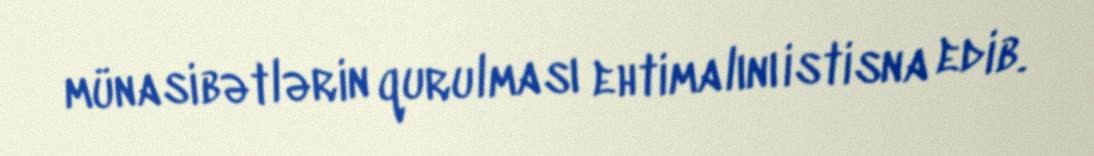
münasibətlərin qurulması ehtimalını istisna edib.